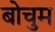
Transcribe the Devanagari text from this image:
बोचुम